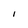
Character: I